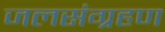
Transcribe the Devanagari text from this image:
जलसंग्रहण